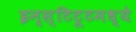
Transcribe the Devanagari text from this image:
इन्स्टिटूटमध्ये